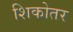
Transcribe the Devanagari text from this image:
शिकोतर